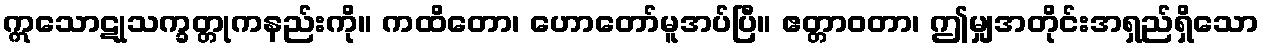
ဣသောဋုသက္ခတ္တုကနည်းကို။ ကထိတော၊ ဟောတော်မူအပ်ပြီ။ ဧတ္တာဝတာ၊ ဤမျှအတိုင်းအရှည်ရှိသော